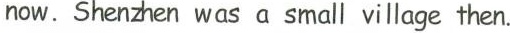
now. Shenzhen was a small village then.